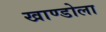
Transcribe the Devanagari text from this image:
खाण्डोला